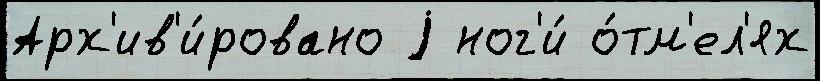
Арх'ив'и́ровано j ног'и́ о́тм'ел'ях